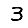
Digit: 3